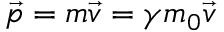
{ \vec { p } } = m { \vec { v } } = \gamma m _ { 0 } { \vec { v } }